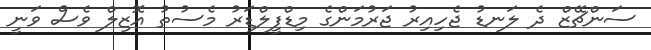
ސަންޗޭޒް ދެ ލަނޑު ޖެހިއިރު ޖަރުމަންގެ މިޑްފީލްޑަރު މެސުތު އޮޒިލް ވެސް ވަނީ